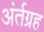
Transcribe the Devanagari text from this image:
अंर्तग्रह